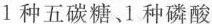
1种五碳糖、1种磷酸